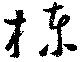
棟